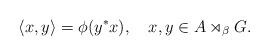
LaTeX: \begin{align*}\langle x,y\rangle=\phi(y^*x),\ \ \ x,y\in A\rtimes_\beta G.\end{align*}